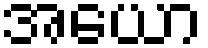
အယော